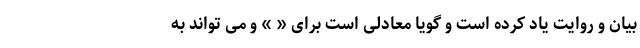
بیان و روایت یاد کرده است و گویا معادلی است برای « » و می تواند به